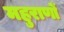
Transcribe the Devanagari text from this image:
महुराणों